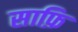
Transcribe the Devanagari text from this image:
साफ़ि